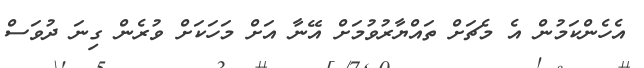
އެހެންކަމުން އެ މެޗަށް ތައްޔާރުވުމަށް އޭނާ އަށް މަހަކަށް ވުރެން ގިނަ ދުވަސް